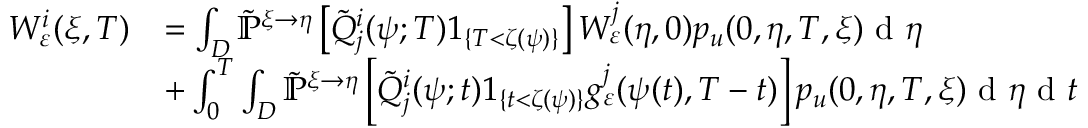
\begin{array} { r l } { W _ { \varepsilon } ^ { i } ( \xi , T ) } & { = \int _ { D } \mathbb { \tilde { P } } ^ { \xi \rightarrow \eta } \left[ \tilde { Q } _ { j } ^ { i } ( \psi ; T ) 1 _ { \{ T < \zeta ( \psi ) \} } \right] W _ { \varepsilon } ^ { j } ( \eta , 0 ) p _ { u } ( 0 , \eta , T , \xi ) \textrm { d } \eta } \\ & { + \int _ { 0 } ^ { T } \int _ { D } \mathbb { \tilde { P } } ^ { \xi \rightarrow \eta } \left[ \tilde { Q } _ { j } ^ { i } ( \psi ; t ) 1 _ { \{ t < \zeta ( \psi ) \} } g _ { \varepsilon } ^ { j } ( \psi ( t ) , T - t ) \right] p _ { u } ( 0 , \eta , T , \xi ) \textrm { d } \eta \textrm { d } t } \end{array}